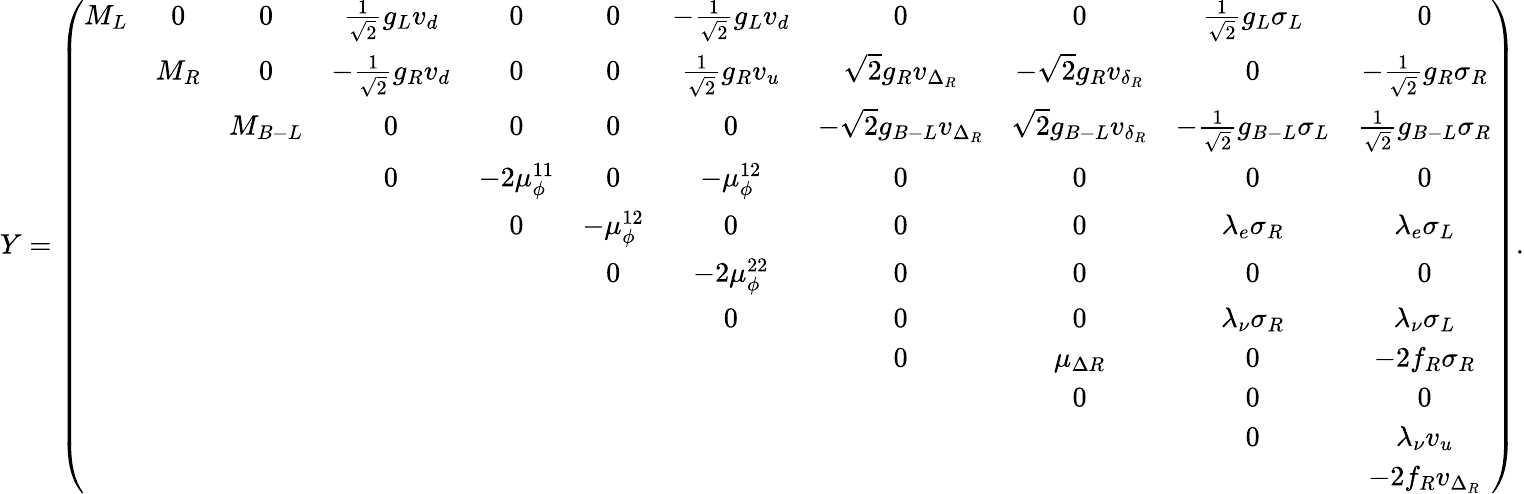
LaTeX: Y=\left(\begin{array}{ccccccccccc}{{M_{L}}}&{{0}}&{{0}}&{{\frac 1{\sqrt{2}}g_{L}v_{d}}}&{{0}}&{{0}}&{{-\frac 1{\sqrt{2}}g_{L}v_{d}}}&{{0}}&{{0}}&{{\frac 1{\sqrt{2}}g_{L}\sigma_{L}}}&{{0}}\\ {{}}&{{M_{R}}}&{{0}}&{{-\frac 1{\sqrt{2}}g_{R}v_{d}}}&{{0}}&{{0}}&{{\frac 1{\sqrt{2}}g_{R}v_{u}}}&{{\sqrt{2}g_{R}v_{\Delta_{R}}}}&{{-\sqrt{2}g_{R}v_{\delta_{R}}}}&{{0}}&{{-\frac 1{\sqrt{2}}g_{R}\sigma_{R}}}\\ {{}}&{{}}&{{M_{B-L}}}&{{0}}&{{0}}&{{0}}&{{0}}&{{-\sqrt{2}g_{B-L}v_{\Delta_{R}}}}&{{\sqrt{2}g_{B-L}v_{\delta_{R}}}}&{{-\frac 1{\sqrt{2}}g_{B-L}\sigma_{L}}}&{{\frac 1{\sqrt{2}}g_{B-L}\sigma_{R}}}\\ {{}}&{{}}&{{}}&{{0}}&{{-2\mu_{\phi}^{11}}}&{{0}}&{{-\mu_{\phi}^{12}}}&{{0}}&{{0}}&{{0}}&{{0}}\\ {{}}&{{}}&{{}}&{{}}&{{0}}&{{-\mu_{\phi}^{12}}}&{{0}}&{{0}}&{{0}}&{{\lambda_{e}\sigma_{R}}}&{{\lambda_{e}\sigma_{L}}}\\ {{}}&{{}}&{{}}&{{}}&{{}}&{{0}}&{{-2\mu_{\phi}^{22}}}&{{0}}&{{0}}&{{0}}&{{0}}\\ {{}}&{{}}&{{}}&{{}}&{{}}&{{}}&{{0}}&{{0}}&{{0}}&{{\lambda_{\nu}\sigma_{R}}}&{{\lambda_{\nu}\sigma_{L}}}\\ {{}}&{{}}&{{}}&{{}}&{{}}&{{}}&{{}}&{{0}}&{{\mu_{\Delta R}}}&{{0}}&{{-2f_{R}\sigma_{R}}}\\ {{}}&{{}}&{{}}&{{}}&{{}}&{{}}&{{}}&{{}}&{{0}}&{{0}}&{{0}}\\ {{}}&{{}}&{{}}&{{}}&{{}}&{{}}&{{}}&{{}}&{{}}&{{0}}&{{\lambda_{\nu}v_{u}}}\\ {{}}&{{}}&{{}}&{{}}&{{}}&{{}}&{{}}&{{}}&{{}}&{{}}&{{-2f_{R}v_{\Delta_{R}}}}\end{array}\right).